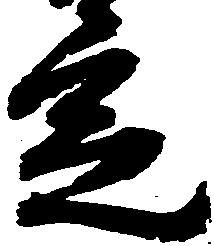
定